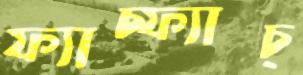
ফ্যাচ্‌ফ্যাচ্‌